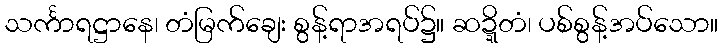
သင်္ကာရဋ္ဌာနေ၊ တံမြက်ချေး စွန့်ရာအရပ်၌။ ဆဍ္ဍိတံ၊ ပစ်စွန့်အပ်သော။